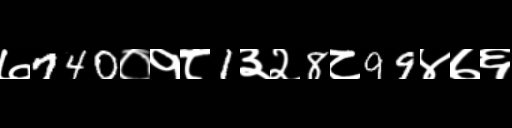
Text: ७740०१८1३२8८99४७६